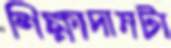
শিক্ষাদানটা